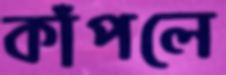
কাঁপলে